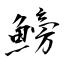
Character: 鰟